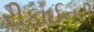
રીફાઈનરી